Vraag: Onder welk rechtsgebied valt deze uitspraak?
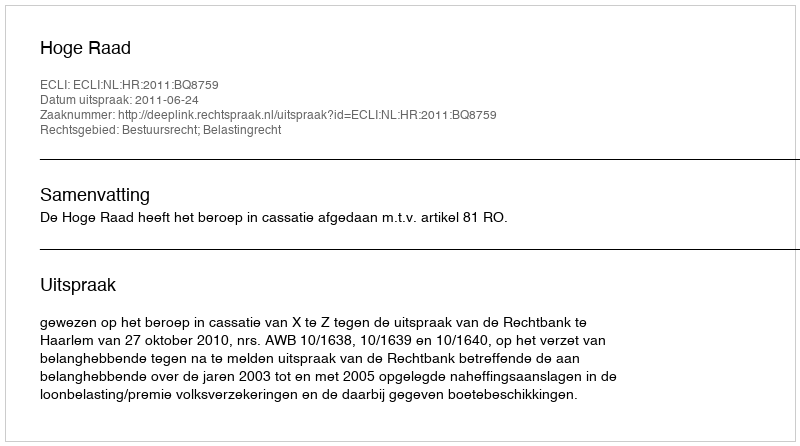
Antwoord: Bestuursrecht; Belastingrecht